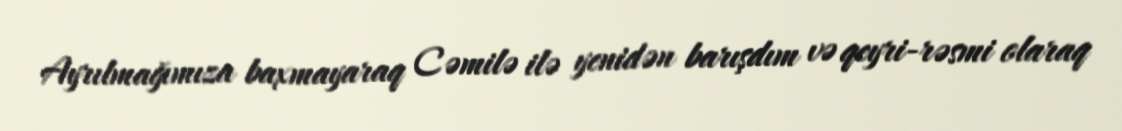
Ayrılmağımıza baxmayaraq Cəmilə ilə yenidən barışdım və qeyri-rəsmi olaraq